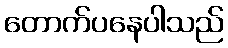
တောက်ပနေပါသည်